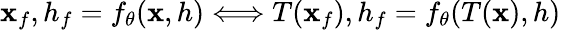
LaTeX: \mathbf{x}_{f},h_{f}=f_{\theta}(\mathbf{x},h)\Longleftrightarrow T(\mathbf{x}_{f}),h_{f}=f_{\theta}(T(\mathbf{x}),h)